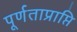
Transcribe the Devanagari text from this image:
पूर्णताप्राप्ति